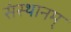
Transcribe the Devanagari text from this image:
संस्थानम्